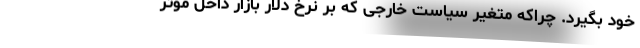
خود بگیرد. چراکه متغیر سیاست خارجی که بر نرخ دلار بازار داخل موثر